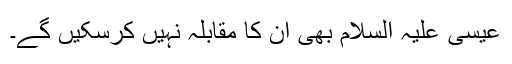
عیسیٰ علیہ السلام بھی ان کا مقابلہ نہیں کرسکیں گے۔